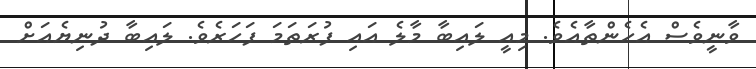
ވާނީވެސް އެހެންތާއެވެ. މިއީ ލައިބާ މާލެ އައި ފުރަތަމަ ފަހަރެވެ. ލައިބާ ދުނިޔެއަށް